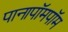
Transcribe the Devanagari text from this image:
पानापॉमपॉम